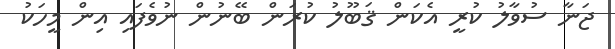
ޖަނާ ސުވާލު ކުރީ އެކަން ޤަބޫލު ކުރަން ބޭނުން ނުވެފައި އިން މީހަކު